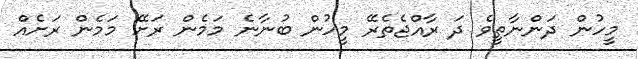
މީހުން ދަންނާތީވެ ދަ ރާއްޖެތެރޭ މީހުން ބުނާނެ މަމެން ރަށޭ މަމެން ރަށެއް